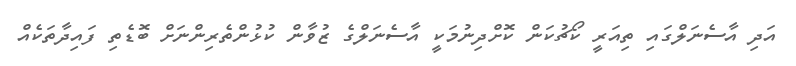
އަދި އާސެނަލްގައި ތިއަރީ ކޯޗުކަން ކޮށްދިނުމަކީ އާސެނަލްގެ ޒުވާން ކުޅުންތެރިންނަށް ބޮޑެތި ފައިދާތަކެއް